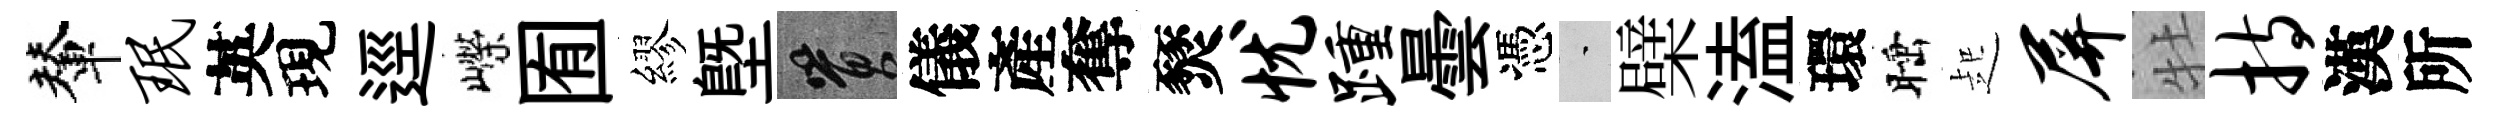
輦珉英現逕嶸囿繆塈篔儀產奪燹忧踵曇憑蒙檗溘環睡起屏牡持漢所